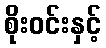
စိုးဝင်းနှင့်